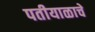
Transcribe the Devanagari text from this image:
पतीयाळाचे